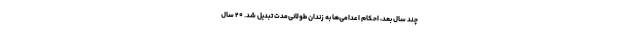
چند سال بعد، احکام اعدامی‌ها به زندان‌ طولانی‌مدت تبدیل شد. ۲۰ سال